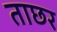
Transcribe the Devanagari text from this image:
ताछर